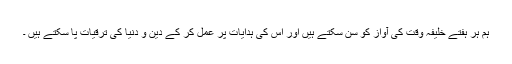
ہم ہر ہفتے خلیفۂ وقت کی آواز کو سن سکتے ہیں اور اس کی ہدایات پر عمل کر کے دین و دنیا کی ترقیات پا سکتے ہیں ۔